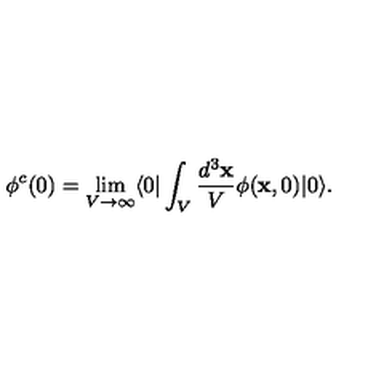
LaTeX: \phi ^ { c } ( 0 ) = \lim _ { V \rightarrow \infty } \langle 0 | \int _ { V } \frac { d ^ { 3 } { \bf x } } { V } \phi ( { \bf x } , 0 ) | 0 \rangle .